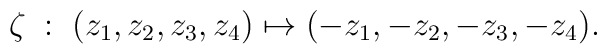
\zeta\;:\;(z_1,z_2,z_3,z_4)\mapsto(-z_1,-z_2,-z_3,-z_4).